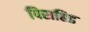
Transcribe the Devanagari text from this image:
पिराहिड